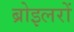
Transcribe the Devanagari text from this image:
ब्रोइलरों